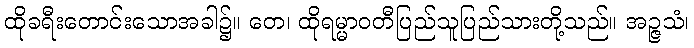
ထိုခရီးတောင်းသောအခါ၌။ တေ၊ ထိုရမ္မာဝတီပြည်သူပြည်သားတို့သည်။ အဉ္ဇသံ၊